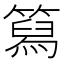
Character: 䉣